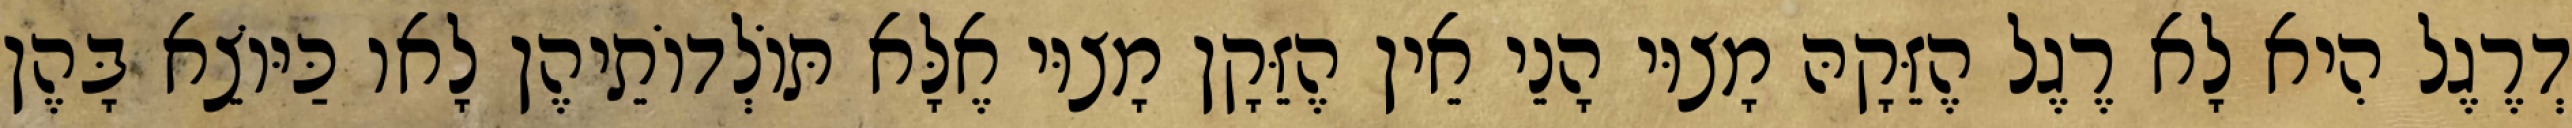
דְרֶגֶל הִיא לָא רֶגֶל הֶזֵּקָהּ מָצוּי הָנֵי אֵין הֶזֵּקָן מָצוּי אֶלָּא תּוֹלְדוֹתֵיהֶן לָאו כַּיּוֹצֵא בָּהֶן